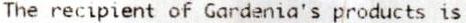
THE RECIPIENT OF GARDENIA'S PRODUCTS IS